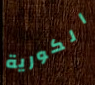
الكورية